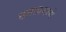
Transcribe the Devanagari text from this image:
छताप्रमाणे